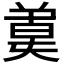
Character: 𣍄